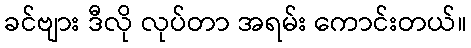
ခင်ဗျား ဒီလို လုပ်တာ အရမ်း ကောင်းတယ်။